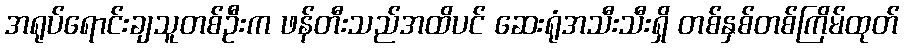
အရုပ်ရောင်းချသူတစ်ဦးက ဖန်တီးသည်အထိပင် ဆေးရုံအသီးသီးရှိ တစ်နှစ်တစ်ကြိမ်ထုတ်